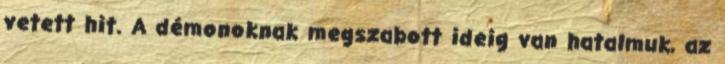
vetett hit. A démonoknak megszabott ideig van hatalmuk, az